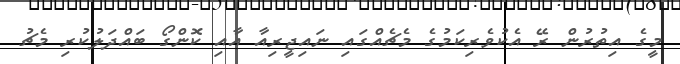
މީގެ އިތުރުން ރޭ އެކުވެރިކަމުގެ މެޗެއްގައި ނައިޖީރިއާ އާއި ކޮންގޯ ބައްދަލުކުރި މެޗު